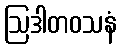
ဩဒါတဝသနံ